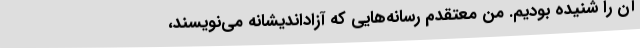
آن را شنیده بودیم. من معتقدم رسانه‌هایی که آزاداندیشانه می‌نویسند،